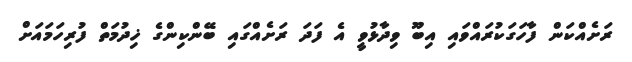
ރަށެއްކަން ފާހަގަކުރައްވައި އިބޫ ވިދާޅުވީ އެ ފަދަ ރަށެއްގައި ބޭންކިންގެ ޚިދުމަތް ފުރިހަމައަށް